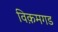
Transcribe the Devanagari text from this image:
विक़मगड